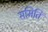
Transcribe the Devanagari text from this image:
समिति